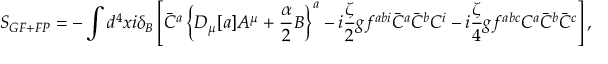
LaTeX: S _ { G F + F P } = - \int d ^ { 4 } x i \delta _ { B } \left[ \bar { C } ^ { a } \left\{ D _ { \mu } [ a ] A ^ { \mu } + { \frac { \alpha } { 2 } } B \right\} ^ { a } - i { \frac { \zeta } { 2 } } g f ^ { a b i } \bar { C } ^ { a } \bar { C } ^ { b } C ^ { i } - i { \frac { \zeta } { 4 } } g f ^ { a b c } C ^ { a } \bar { C } ^ { b } \bar { C } ^ { c } \right] ,